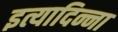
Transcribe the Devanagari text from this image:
इत्यादिन्ना